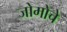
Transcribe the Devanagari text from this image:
जोमोचे